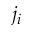
j _ { i }